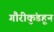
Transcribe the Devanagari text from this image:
गौरीकुंडहून